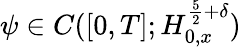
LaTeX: \psi\in C([0,T];H_{0,x}^{\frac{5}{2}+\delta})